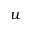
u